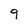
Character: 9